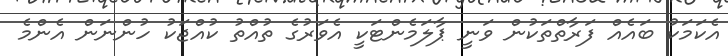
އެކަމަކު ބައެއް ފަރާތްތަކުން ވަނީ ޕާލަމެންޓަކީ އެވަރުގެ ތުއްތު ކުއްޖަކު ހުންނަން އެންމެ